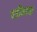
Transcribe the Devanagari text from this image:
वडीलाना